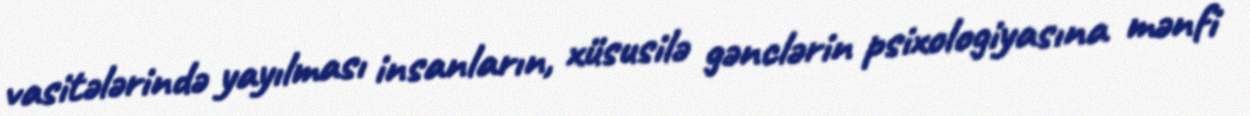
vasitələrində yayılması insanların, xüsusilə gənclərin psixologiyasına mənfi